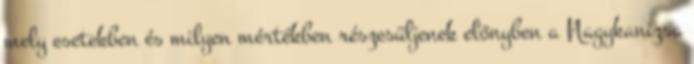
mely esetekben és milyen mértékben részesüljenek előnyben a Nagykanizsa